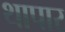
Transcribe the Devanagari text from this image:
थापार